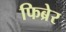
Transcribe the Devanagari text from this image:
फिब्रेर